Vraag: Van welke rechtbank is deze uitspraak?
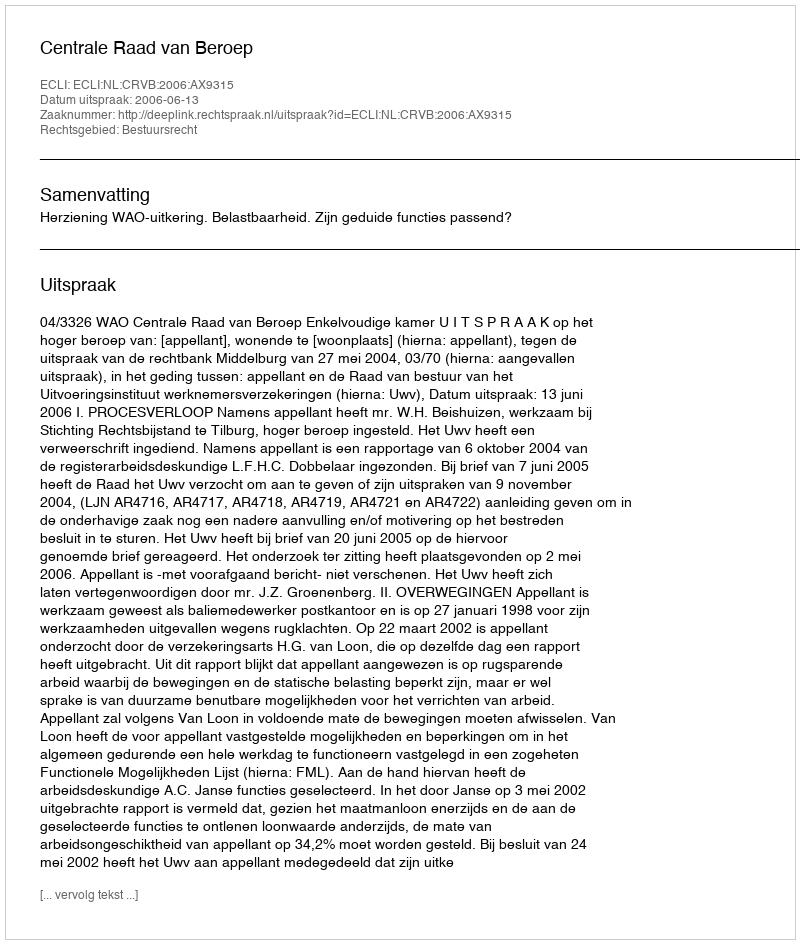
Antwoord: Centrale Raad van Beroep